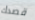
قصدك